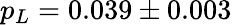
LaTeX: p_{L}=0.039\pm 0.003